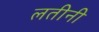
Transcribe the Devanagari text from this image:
लतीनी